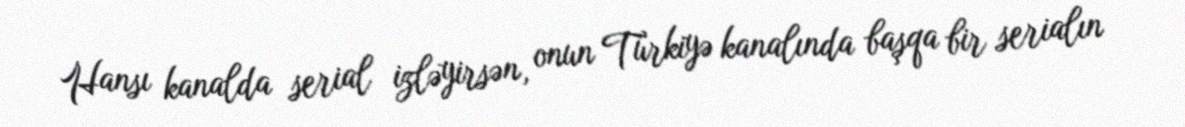
Hansı kanalda serial izləyirsən, onun Türkiyə kanalında başqa bir serialın